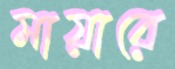
মায়ারে